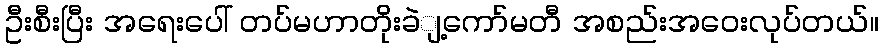
ဦးစီးပြီး အရေးပေါ် တပ်မဟာတိုးခဲျ့ကော်မတီ အစည်းအဝေးလုပ်တယ်။